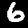
Label: 6